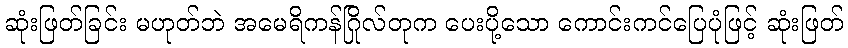
ဆုံးဖြတ်ခြင်း မဟုတ်ဘဲ အမေရိကန်ဂြိုလ်တုက ပေးပို့သော ကောင်းကင်ပြေပုံဖြင့် ဆုံးဖြတ်